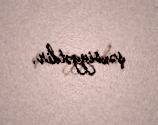
şəxsiyyətdir.